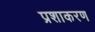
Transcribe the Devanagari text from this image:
प्रशाकरण